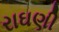
રાઘણી